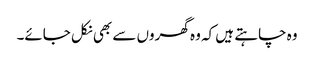
وہ چاہتے ہیں کہ وہ گھروں سے بھی نکل جائے۔